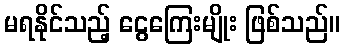
မရနိုင်သည့် ငွေကြေးမျိုး ဖြစ်သည်။